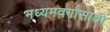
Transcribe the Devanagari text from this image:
मध्यमवर्गासाठी